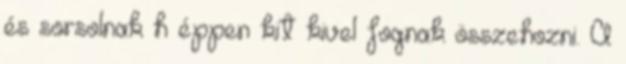
és sorsolnak h éppen kit kivel fognak összehozni. A